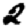
Digit: 2